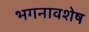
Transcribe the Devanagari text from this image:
भगनावशेष